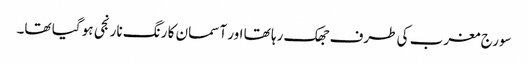
سورج مغرب کی طرف جھک رہا تھا اور آسمان کا رنگ نارنجی ہو گیا تھا۔